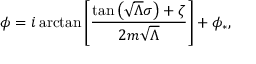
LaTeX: \phi = i \arctan \left[ \frac { \tan \left( \sqrt { \Lambda } \sigma \right) + \zeta } { 2 m \sqrt { \Lambda } } \right] + \phi _ { * } ,